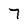
Character: 7